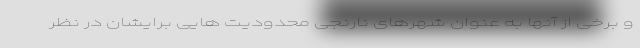
و برخی از آنها به عنوان شهرهای نارنجی محدودیت هایی برایشان در نظر